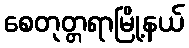
စေတုတ္တရာမြို့နယ်